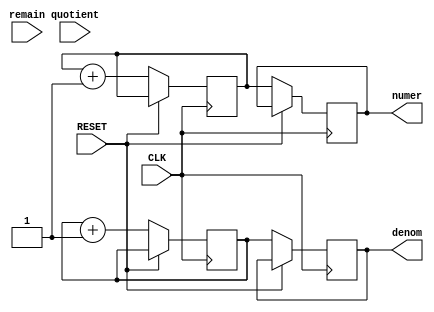

module transm (

    input wire CLK,
    input wire RESET,

    input wire [15:0] quotient,
    input wire [15:0] remain,

    output reg [15:0] denom,
    output reg [15:0] numer);


    reg [15:0] var1 = 1000;
    reg [15:0] var2 = 10;

    reg [15:0] var3 = 0;
    reg [15:0] var4 = 0;


    always @(posedge CLK) begin
        if (RESET) begin
            // reset
            
        end else begin
            var1 <= var1 + 1;
            var2 <= var2 + 1;

            numer = var1;
            denom = var2;

            var3  = quotient;
            var4  = remain;
        end
    end

endmodule